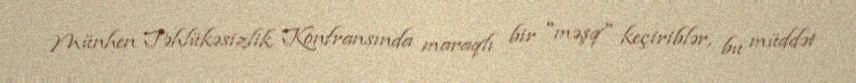
Münhen Təhlükəsizlik Konfransında maraqlı bir "məşq" keçiriblər, bu müddət